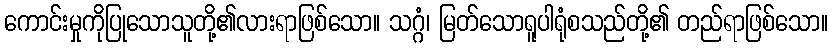
ကောင်းမှုကိုပြုသောသူတို့၏လားရာဖြစ်သော။ သဂ္ဂံ၊ မြတ်သောရူပါရုံစသည်တို့၏ တည်ရာဖြစ်သော။